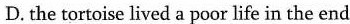
D. the tortoise lived a poor life in the end